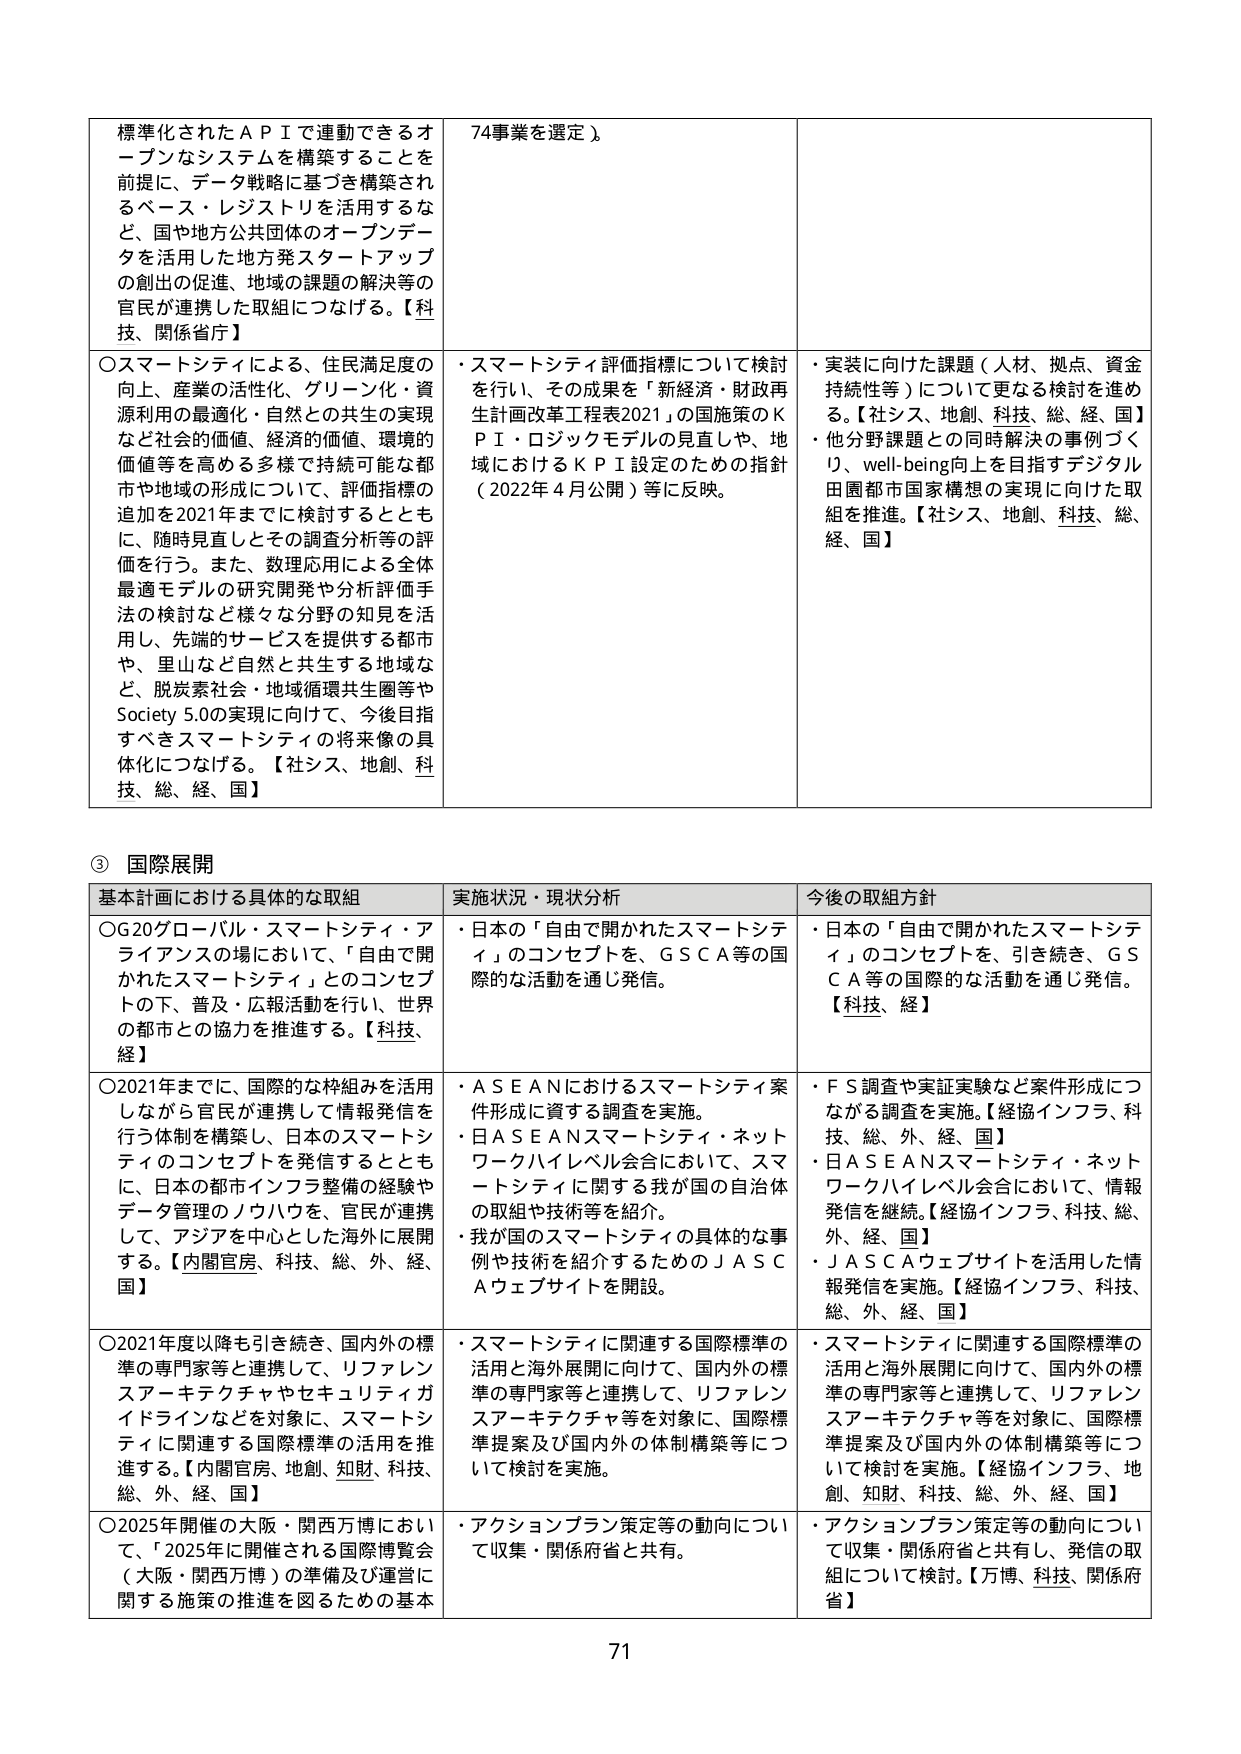
標準化されたＡＰＩで連動できるオープンなシステムを構築することを前提に、データ戦略に基づき構築されるベース・レジストリを活用するなど、国や地方公共団体のオープンデータを活用した地方発スタートアップの創出の促進、地域の課題の解決等の官民が連携した取組につなげる。【科技、関係省庁】

〇スマートシティによる、住民満足度の向上、産業の活性化、グリーン化・資源の最適化・自然との共生の実現など社会的価値、経済的価値、環境的価値等を高める多様で持続可能な都市や地域の形成について、評価指標の追加を2021年までに検討するとともに、随時見直しとその調査分析等の評価を行う。また、数理応用による全体最適モデルの研究開発や分析評価手法の検討など様々な分野の知見を活用し、先端的サービスを提供する都市や、里山など自然と共生する地域など、脱炭素社会・地域循環共生圏等やSociety 5.0の実現に向けて、今後目指すべきスマートシティの将来像の具体化につなげる。【社シス、地創、科技、総、経、国】

74事業を選定）

・スマートシティ評価指標について検討を行い、その成果を「新経済・財政再生計画改革工程表2021」の国施策のＫＰＩ・ロジックモデルの見直しや、地域におけるＫＰＩ設定のための指針（2022年4月公開）等に反映。

・実装に向けた課題（人材、拠点、資金持続性等）について更なる検討を進める。【社シス、地創、科技、総、経、国】
・他分野課題との同時解決の事例づくり、well-being向上を目指すデジタル田園都市国家構想の実現に向けた取組を推進。【社シス、地創、科技、総、経、国】

③ 国際展開

基本計画における具体的な取組 実施状況・現状分析 今後の取組方針

〇G20グローバル・スマートシティ・アライアンスの場において、「自由で開かれたスマートシティ」とのコンセプトの下、普及・広報活動を行い、世界の都市との協力を推進する。【科技、経】

・日本の「自由で開かれたスマートシティ」のコンセプトを、ＧＳＣＡ等の国際的な活動を通じ発信。

・日本の「自由で開かれたスマートシティ」のコンセプトを、引き続き、ＧＳＣＡ等の国際的な活動を通じ発信。【科技、経】

〇2021年までに、国際的な枠組みを活用しながら官民が連携して情報発信を行う体制を構築し、日本のスマートシティのコンセプトを発信するとともに、日本の都市インフラ整備の経験やデータ管理のノウハウを、官民が連携して、アジアを中心とした海外に展開する。【内閣官房、科技、総、外、経、国】

・ＡＳＥＡＮにおけるスマートシティ案件形成に資する調査を実施。
・日ＡＳＥＡＮスマートシティ・ネットワークハイレベル会合において、スマートシティに関する我が国の自治体の取組や技術等を紹介。
・我が国のスマートシティの具体的な事例や技術を紹介するためのＪＡＳＣＡウェブサイトを開設。

・ＦＳ調査や実証実験など案件形成につながる調査を実施。【経協インフラ、科技、総、外、経、国】
・日ＡＳＥＡＮスマートシティ・ネットワークハイレベル会合において、情報発信を継続。【経協インフラ、科技、総、外、経、国】
・ＪＡＳＣＡウェブサイトを活用した情報発信を実施。【経協インフラ、科技、総、外、経、国】

〇2021年度以降も引き続き、国内外の標準の専門家等と連携して、リファレンスアーキテクチャやセキュリティガイドラインなどを対象に、スマートシティに関連する国際標準の活用を推進する。【内閣官房、地創、知財、科技、総、外、経、国】

・スマートシティに関連する国際標準の活用と海外展開に向けて、国内外の標準の専門家等と連携して、リファレンスアーキテクチャ等を対象に、国際標準提案及び国内外の体制構築等について検討を実施。

・スマートシティに関連する国際標準の活用と海外展開に向けて、国内外の標準の専門家等と連携して、リファレンスアーキテクチャ等を対象に、国際標準提案及び国内外の体制構築等について検討を実施。【経協インフラ、地創、知財、科技、総、外、経、国】

〇2025年開催の大阪・関西万博において、「2025年に開催される国際博覧会（大阪・関西万博）の準備及び運営に関する施策の推進を図るための基本

・アクションプラン策定等の動向について収集・関係府省と共有。

・アクションプラン策定等の動向について収集・関係府省と共有し、発信の取組について検討。【万博、科技、関係府省】

71